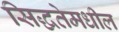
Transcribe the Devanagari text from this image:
सिद्धतेमधील